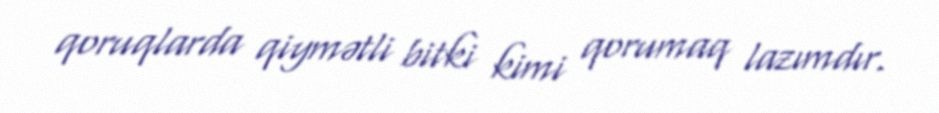
qoruqlarda qiymətli bitki kimi qorumaq lazımdır.